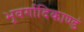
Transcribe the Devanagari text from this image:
भूवर्गादिकाण्डं